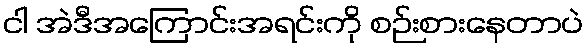
ငါ အဲဒီအကြောင်းအရင်းကို စဉ်းစားနေတာပဲ